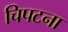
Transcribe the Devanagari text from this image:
चिपटना